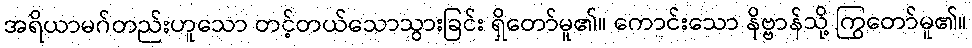
အရိယာမဂ်တည်းဟူသော တင့်တယ်သောသွားခြင်း ရှိတော်မူ၏။ ကောင်းသော နိဗ္ဗာန်သို့ ကြွတော်မူ၏။